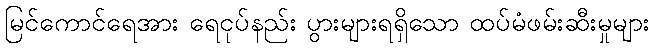
မြင်ကောင်ရေအား ရေငုပ်နည်း ပွားများရရှိသော ထပ်မံဖမ်းဆီးမှုများ